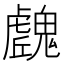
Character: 𩴛